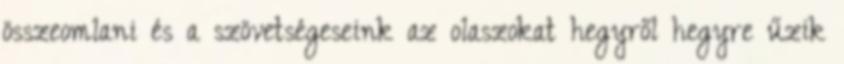
összeomlani és a szövetségeseink az olaszokat hegyről hegyre űzik